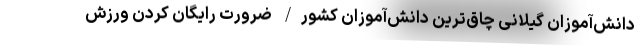
دانش‌آموزان گیلانی چاق‌ترین دانش‌آموزان کشور/ ضرورت رایگان کردن ورزش